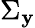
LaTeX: \Sigma_{\mathbf{y}}